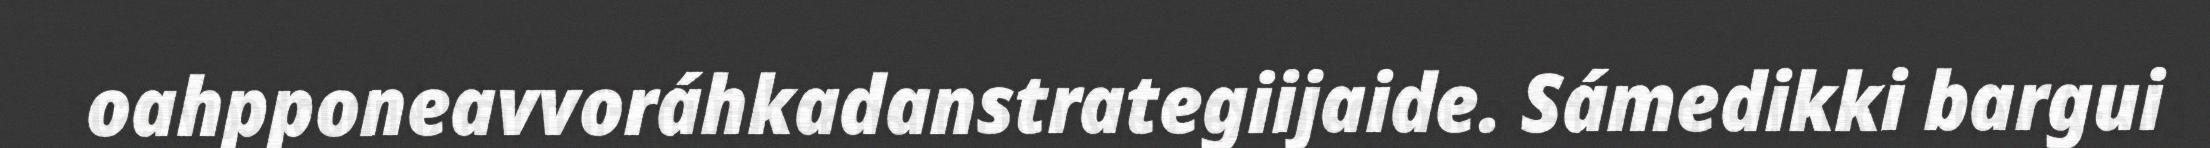
oahpponeavvoráhkadanstrategiijaide. Sámedikki bargui